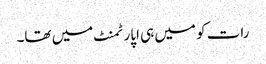
رات کو میں ہی اپارٹمنٹ میں تھا۔